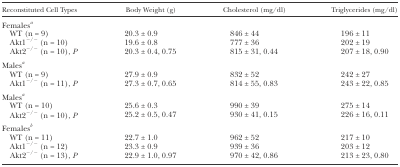
<table><thead><tr><td><b>Reconstituted Cell Types</b></td><td><b>Body Weight (g)</b></td><td><b>Cholesterol (mg/dl)</b></td><td><b>Triglycerides (mg/dl)</b></td></tr></thead><tbody><tr><td>Females<i><sup>a</sup></i></td><td></td><td></td><td></td></tr><tr><td> WT (n = 9)</td><td>20.3 ± 0.9</td><td>846 ± 44</td><td>196 ± 11</td></tr><tr><td> Akt1<sup>−/−</sup> (n = 10)</td><td>19.6 ± 0.8</td><td>777 ± 36</td><td>202 ± 19</td></tr><tr><td> Akt2<sup>−/−</sup> (n = 10), <i>P</i></td><td>20.3 ± 0.4, 0.75</td><td>815 ± 31, 0.44</td><td>207 ± 18, 0.90</td></tr><tr><td>Males<i><sup>a</sup></i></td><td></td><td></td><td></td></tr><tr><td> WT (n = 9)</td><td>27.9 ± 0.9</td><td>832 ± 52</td><td>242 ± 27</td></tr><tr><td> Akt1<sup>−/−</sup> (n = 11), <i>P</i></td><td>27.3 ± 0.7, 0.65</td><td>814 ± 55, 0.83</td><td>243 ± 22, 0.85</td></tr><tr><td>Males<i><sup>a</sup></i></td><td></td><td></td><td></td></tr><tr><td> WT (n = 10)</td><td>25.6 ± 0.3</td><td>990 ± 39</td><td>275 ± 14</td></tr><tr><td> Akt2<sup>−/−</sup> (n = 10), <i>P</i></td><td>25.2 ± 0.5, 0.47</td><td>930 ± 41, 0.15</td><td>226 ± 16, 0.11</td></tr><tr><td>Females<i><sup>b</sup></i></td><td></td><td></td><td></td></tr><tr><td> WT (n = 11)</td><td>22.7 ± 1.0</td><td>962 ± 52</td><td>217 ± 10</td></tr><tr><td> Akt1<sup>−/−</sup> (n = 12)</td><td>23.3 ± 0.9</td><td>939 ± 36</td><td>203 ± 12</td></tr><tr><td> Akt2<sup>−/−</sup> (n = 13), <i>P</i></td><td>22.9 ± 1.0, 0.97</td><td>970 ± 42, 0.86</td><td>213 ± 23, 0.80</td></tr></tbody></table>